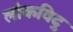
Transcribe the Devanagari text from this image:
लोकविदु